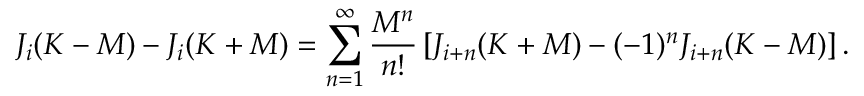
J _ { i } ( K - M ) - J _ { i } ( K + M ) = \sum _ { n = 1 } ^ { \infty } \frac { M ^ { n } } { n ! } \left[ J _ { i + n } ( K + M ) - ( - 1 ) ^ { n } J _ { i + n } ( K - M ) \right] .